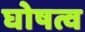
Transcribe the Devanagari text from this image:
घोषत्व